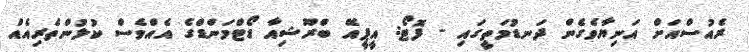
ރެއުސްއަށް އަނިޔާވެގެން ދަނޑުމަތީގައި - ފޮޓޯ: އީޕީއޭ ބްރޫޝިއާ ޑޯޓްމަންޑްގެ އެއްވެސް ކުޅުންތެރިއެއް